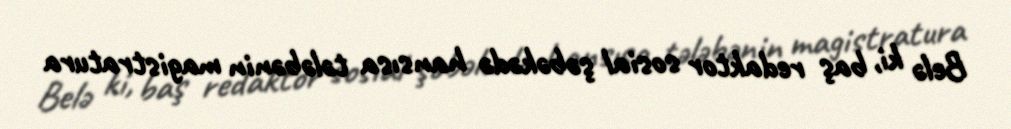
Belə ki, baş redaktor sosial şəbəkədə hansısa tələbənin magistratura